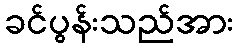
ခင်ပွန်းသည်အား